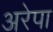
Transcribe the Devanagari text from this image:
अरेपा